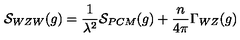
{ \cal S } _ { W Z W } ( g ) = { \frac { 1 } { \lambda ^ { 2 } } } { \cal S } _ { P C M } ( g ) + { \frac { n } { 4 \pi } } \Gamma _ { W Z } ( g )